Civil Veterinary Department. United Provinces 1932-42 - 1932-1942
Year: 1932
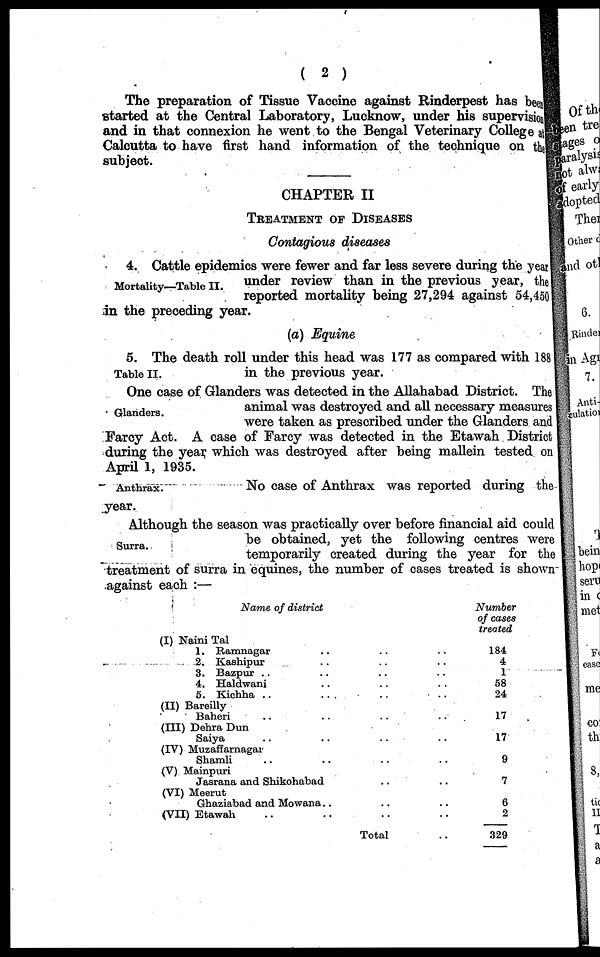
(2)
The preparation of Tissue Vaccine against Rinderpest has been
started at the Central Laboratory, Lucknow, under his supervision
and in that connexion he went to the Bengal Veterinary College at
Calcutta to have first hand information of the technique on the
subject.
CHAPTER II
TREATMENT OF DISEASES
Contagious diseases
Mortality—Table II.
4. Cattle epidemics were fewer and far less severe during the year
under review than in the previous year, the
reported mortality being 27,294 against 54,450
in the preceding year.
(a) Equine
Table II.
5. The death roll under this head was 177 as compared with 188
in the previous year.
Glanders.
One case of Glanders was detected in the Allahabad District. The
animal was destroyed and all necessary measures
were taken as prescribed under the Glanders and
Farcy Act. A case of Farcy was detected in the Etawah District
during the year, which was destroyed after being mallein tested on
April 1, 1935.
Anthrax.
No case of Anthrax was reported during the
year.
Surra.
Although the season was practically over before financial aid could
be obtained, yet the following centres were
temporarily created during the year for the
treatment of surra in equines, the number of cases treated is shown
against each :—
Name of district
(I) Naini Tal
1. Ramnagar .. .. ..
2. Kashipur .. .. ..
3. Bazpur .. .. .. ..
4. Haldwani .. .. ..
5. Kichha
..
..
..
(II) Bareilly
Baheri .. .. .. ..
(III) Dehra Dun
Saiya .. .. .. ..
(IV) Muzaffarnagar
Shamli .. .. .. ..
(V) Mainpuri
Jasrana and Shikohabad .. ..
(VI) Meerut
Ghaziabad and Mowana .. .. ..
(VII) Etawah .. .. .. ..
Total ..
Number
of cases
treated
184
4
1
58
24
17
17
9
7
6
2
329